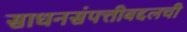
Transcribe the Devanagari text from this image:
साधनसंपत्तीबद्दलची